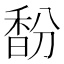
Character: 馚